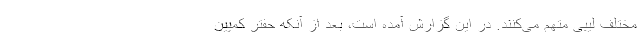
مختلف لیبی متهم می‌کنند. در این گزارش آمده است، بعد از آنکه حفتر کمپین